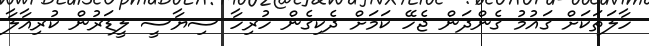
ހާލަތަކަށް ގައުމު ގެންދަން ޖެހޭ ކަމަށް ދެކިގެން ހުރިހާ ސިޔާސީ ލީޑަރުން ކުރިއާލާ